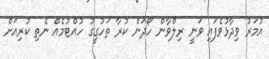
އުމަރު ވިދާޅުވެފައި ވަނީ ރިލްވާން ހޯދަން ކުރާ ތަހުގީގު ހުއްޓުމެއް ނެތި ކުރިއަށް